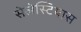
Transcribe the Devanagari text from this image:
सेलेस्टियास